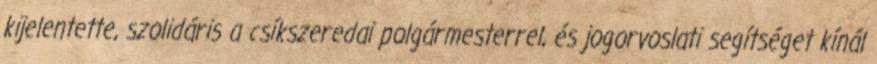
kijelentette, szolidáris a csíkszeredai polgármesterrel, és jogorvoslati segítséget kínál